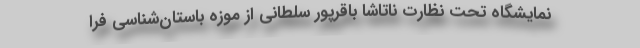
نمایشگاه تحت نظارت ناتاشا باقرپور سلطانی از موزه باستان‌شناسی فرا